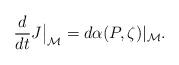
LaTeX: \begin{align*}\frac{d}{dt}J\big\vert_\mathcal M=d\alpha(P,\zeta)\vert_\mathcal M.\end{align*}